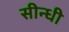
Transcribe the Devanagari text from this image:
सीन्धी